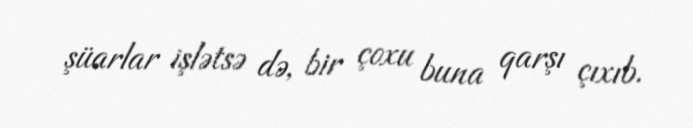
şüarlar işlətsə də, bir çoxu buna qarşı çıxıb.